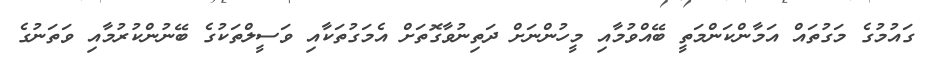
ގައުމުގެ މަގުތައް އަމާންކަންމަތީ ބޭއްވުމާއި މީހުންނަށް ދަތިނުވާގޮތަށް އެމަގުތަކާއި ވަސީލްތަކުގެ ބޭނުންކުރުމާއި ވަތަނުގެ